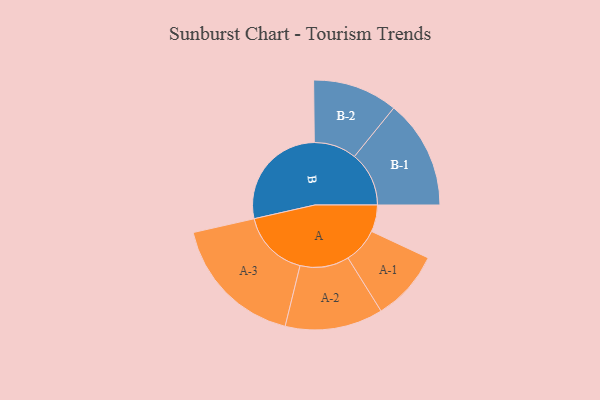
{"axis": {"x": "Segment", "y": "Value"}, "legend": ["", "A", "B"], "data": [{"x": "A", "y": 116, "type": ""}, {"x": "B", "y": 473, "type": ""}, {"x": "A-1", "y": 153, "type": "A"}, {"x": "A-2", "y": 212, "type": "A"}, {"x": "A-3", "y": 294, "type": "A"}, {"x": "B-1", "y": 236, "type": "B"}, {"x": "B-2", "y": 184, "type": "B"}]}